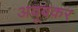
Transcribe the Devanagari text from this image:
अबूबक़र